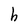
Character: h